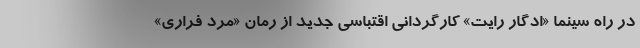
در راه سینما «ادگار رایت» کارگردانی اقتباسی جدید از رمان «مرد فراری»